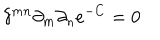
\delta ^ { m n } \partial _ { m } \partial _ { n } e ^ { - C } = 0